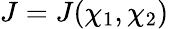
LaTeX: J=J(\chi_{1},\chi_{2})